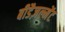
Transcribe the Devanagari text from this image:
बीडैज़ल्मेंट